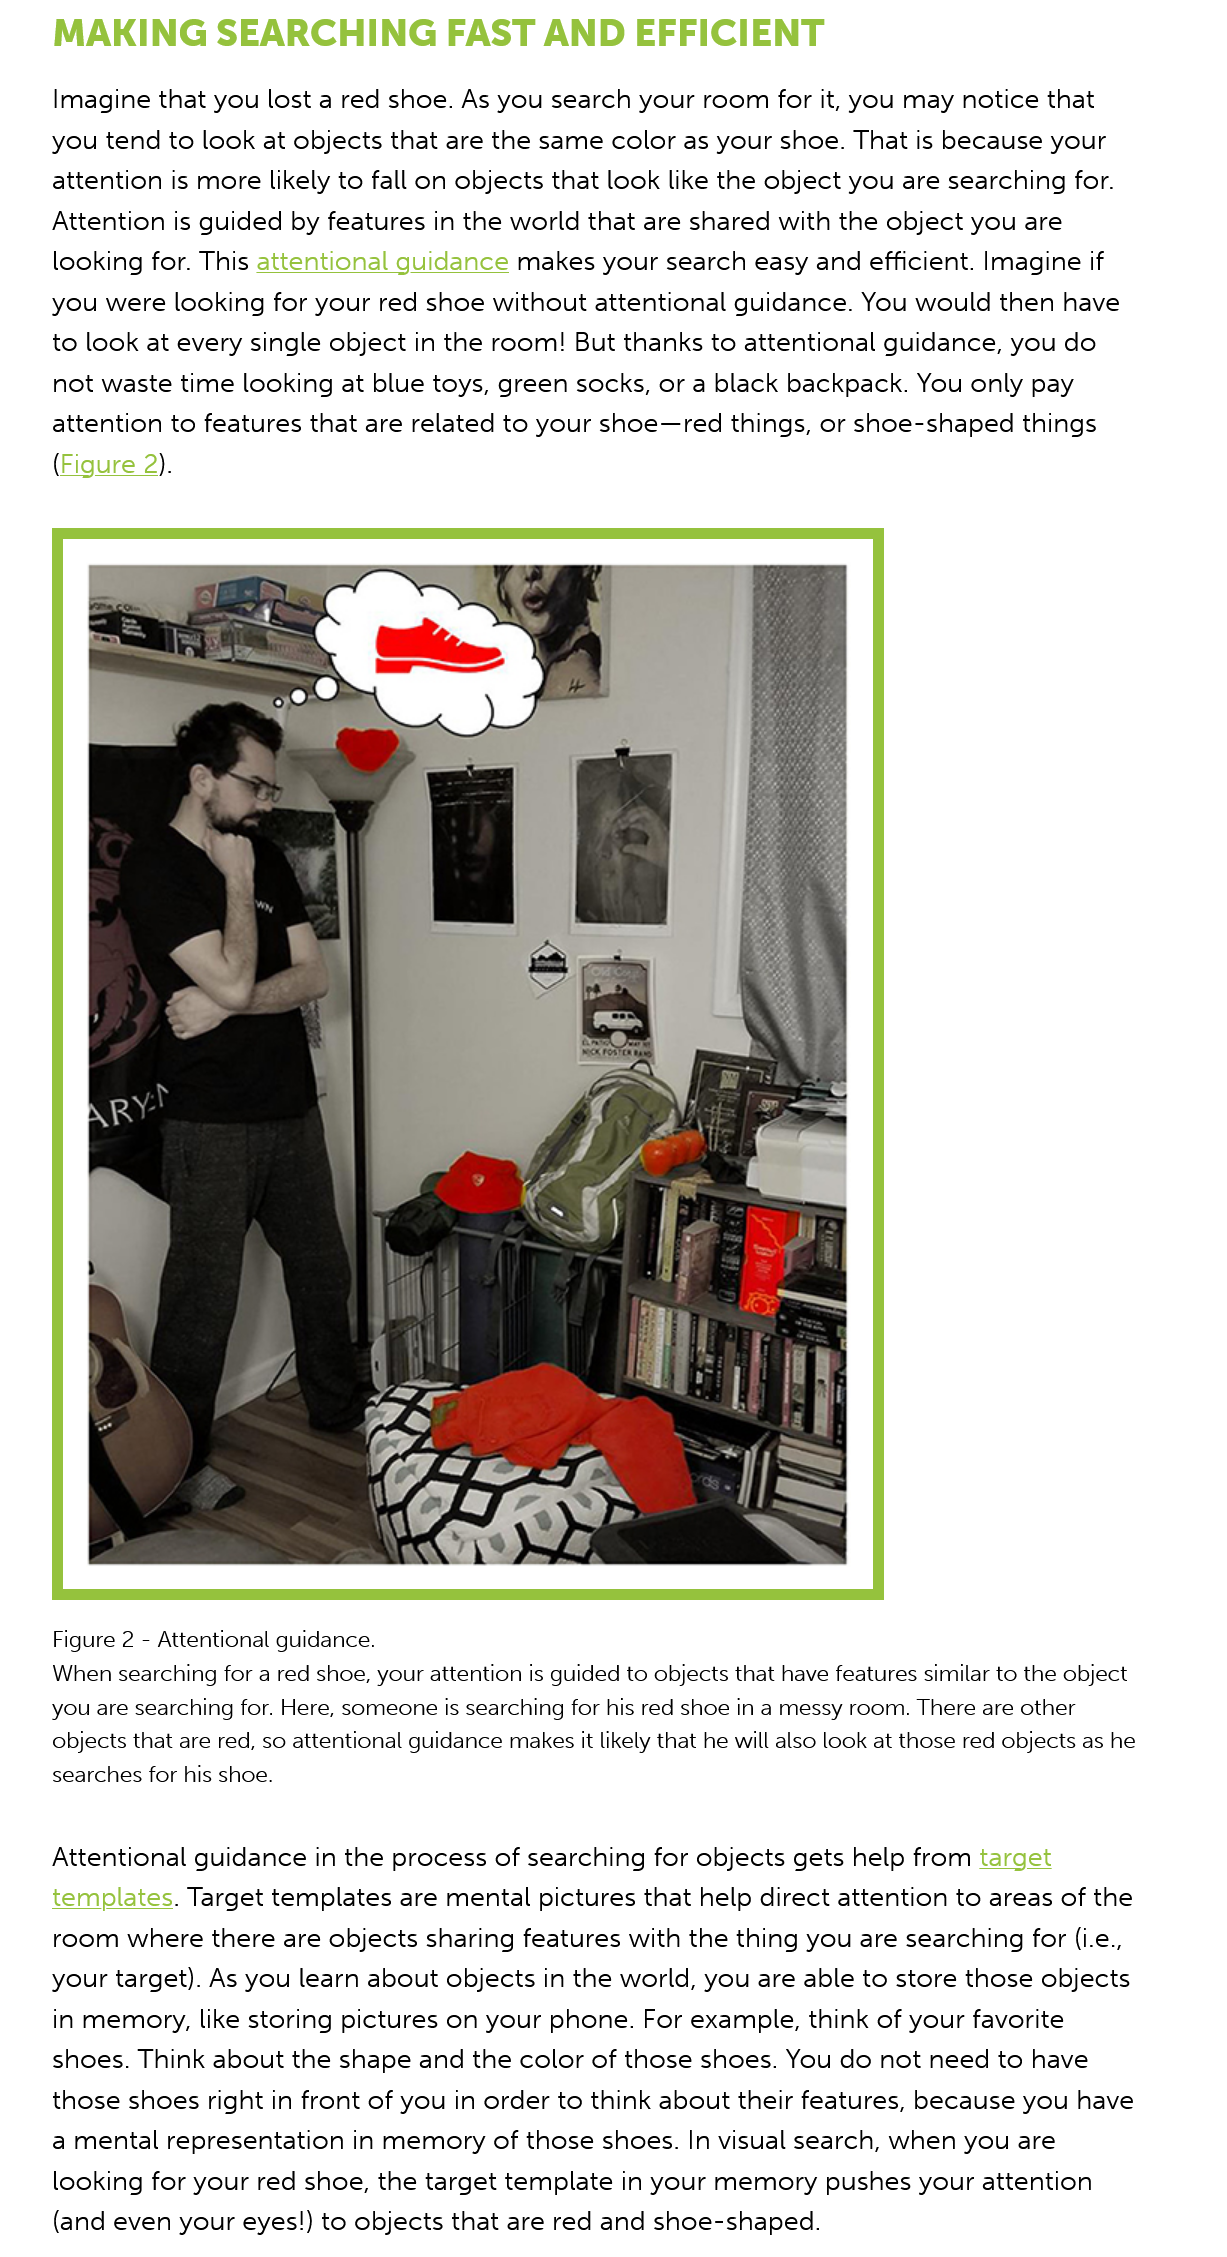
MAKING    SEARCHING    FAST    AND  EFFICIENT
     Imagine  that you lost a red shoe. As you search your  room  for it, you may notice that
     you tend  to look at objects that are the same color as your shoe. That  is because your
     attention is more likely to fall on objects that look like the object you are searching for.
     Attention is guided by features in the world that are shared with the object you  are
     looking for. This attentional guidance makes  your  search easy and  efficient. Imagine if
     you were  looking  for your red shoe without  attentional guidance. You  would  then have
     to look at every single object in the room! But thanks to attentional guidance,  you do
     not waste  time looking at blue toys, green socks, or a black backpack.  You only pay
     attention to features that are related to your shoe—red things,  or shoe-shaped things
     (Figure  2).

     Figure 2
     -
     Attentional guidance.

     When searching for a red shoe, your attention is guided to objects that have features similar to the object
     you are searching for. Here, someone is searching for his red shoe in a messy room. There are other
     objects that are red, so attentional guidance makes it likely that he will also look at those red objects as he
     searches for his shoe.
     Attentional guidance  in the process of searching  for objects gets help from target
     templates. Target templates  are mental  pictures that help direct attention to areas of the
     room  where there  are objects sharing  features with the thing you are searching for (i.e.,
     your target). As you learn about objects in the world, you are able to store those objects
     in memory, like storing pictures on your  phone.  For example,  think of your favorite
     shoes. Think about  the shape  and the color of those shoes.  You do  not need to have
     those shoes right in front of you in order to think about their features, because you have
     a mental  representation in memory   of those shoes.  In visual search, when you are
     looking for your red shoe, the target template  in your memory   pushes  your attention
     (and even  your eyes!) to objects that are red and shoe-shaped.